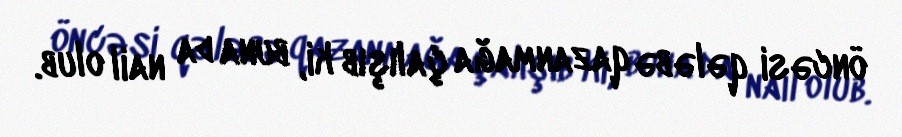
öncəsi qələbə qazanmağa çalışıb ki, buna da nail olub.